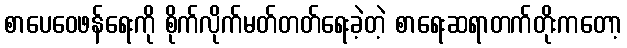
စာပေဝေဖန်ရေးကို စိုက်လိုက်မတ်တတ်ရေးခဲ့တဲ့ စာရေးဆရာတက်တိုးကတော့